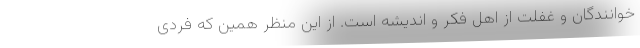
خوانندگان و غفلت از اهل فکر و اندیشه است. از این منظر همین که فردی